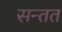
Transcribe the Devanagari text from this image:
सन्तत